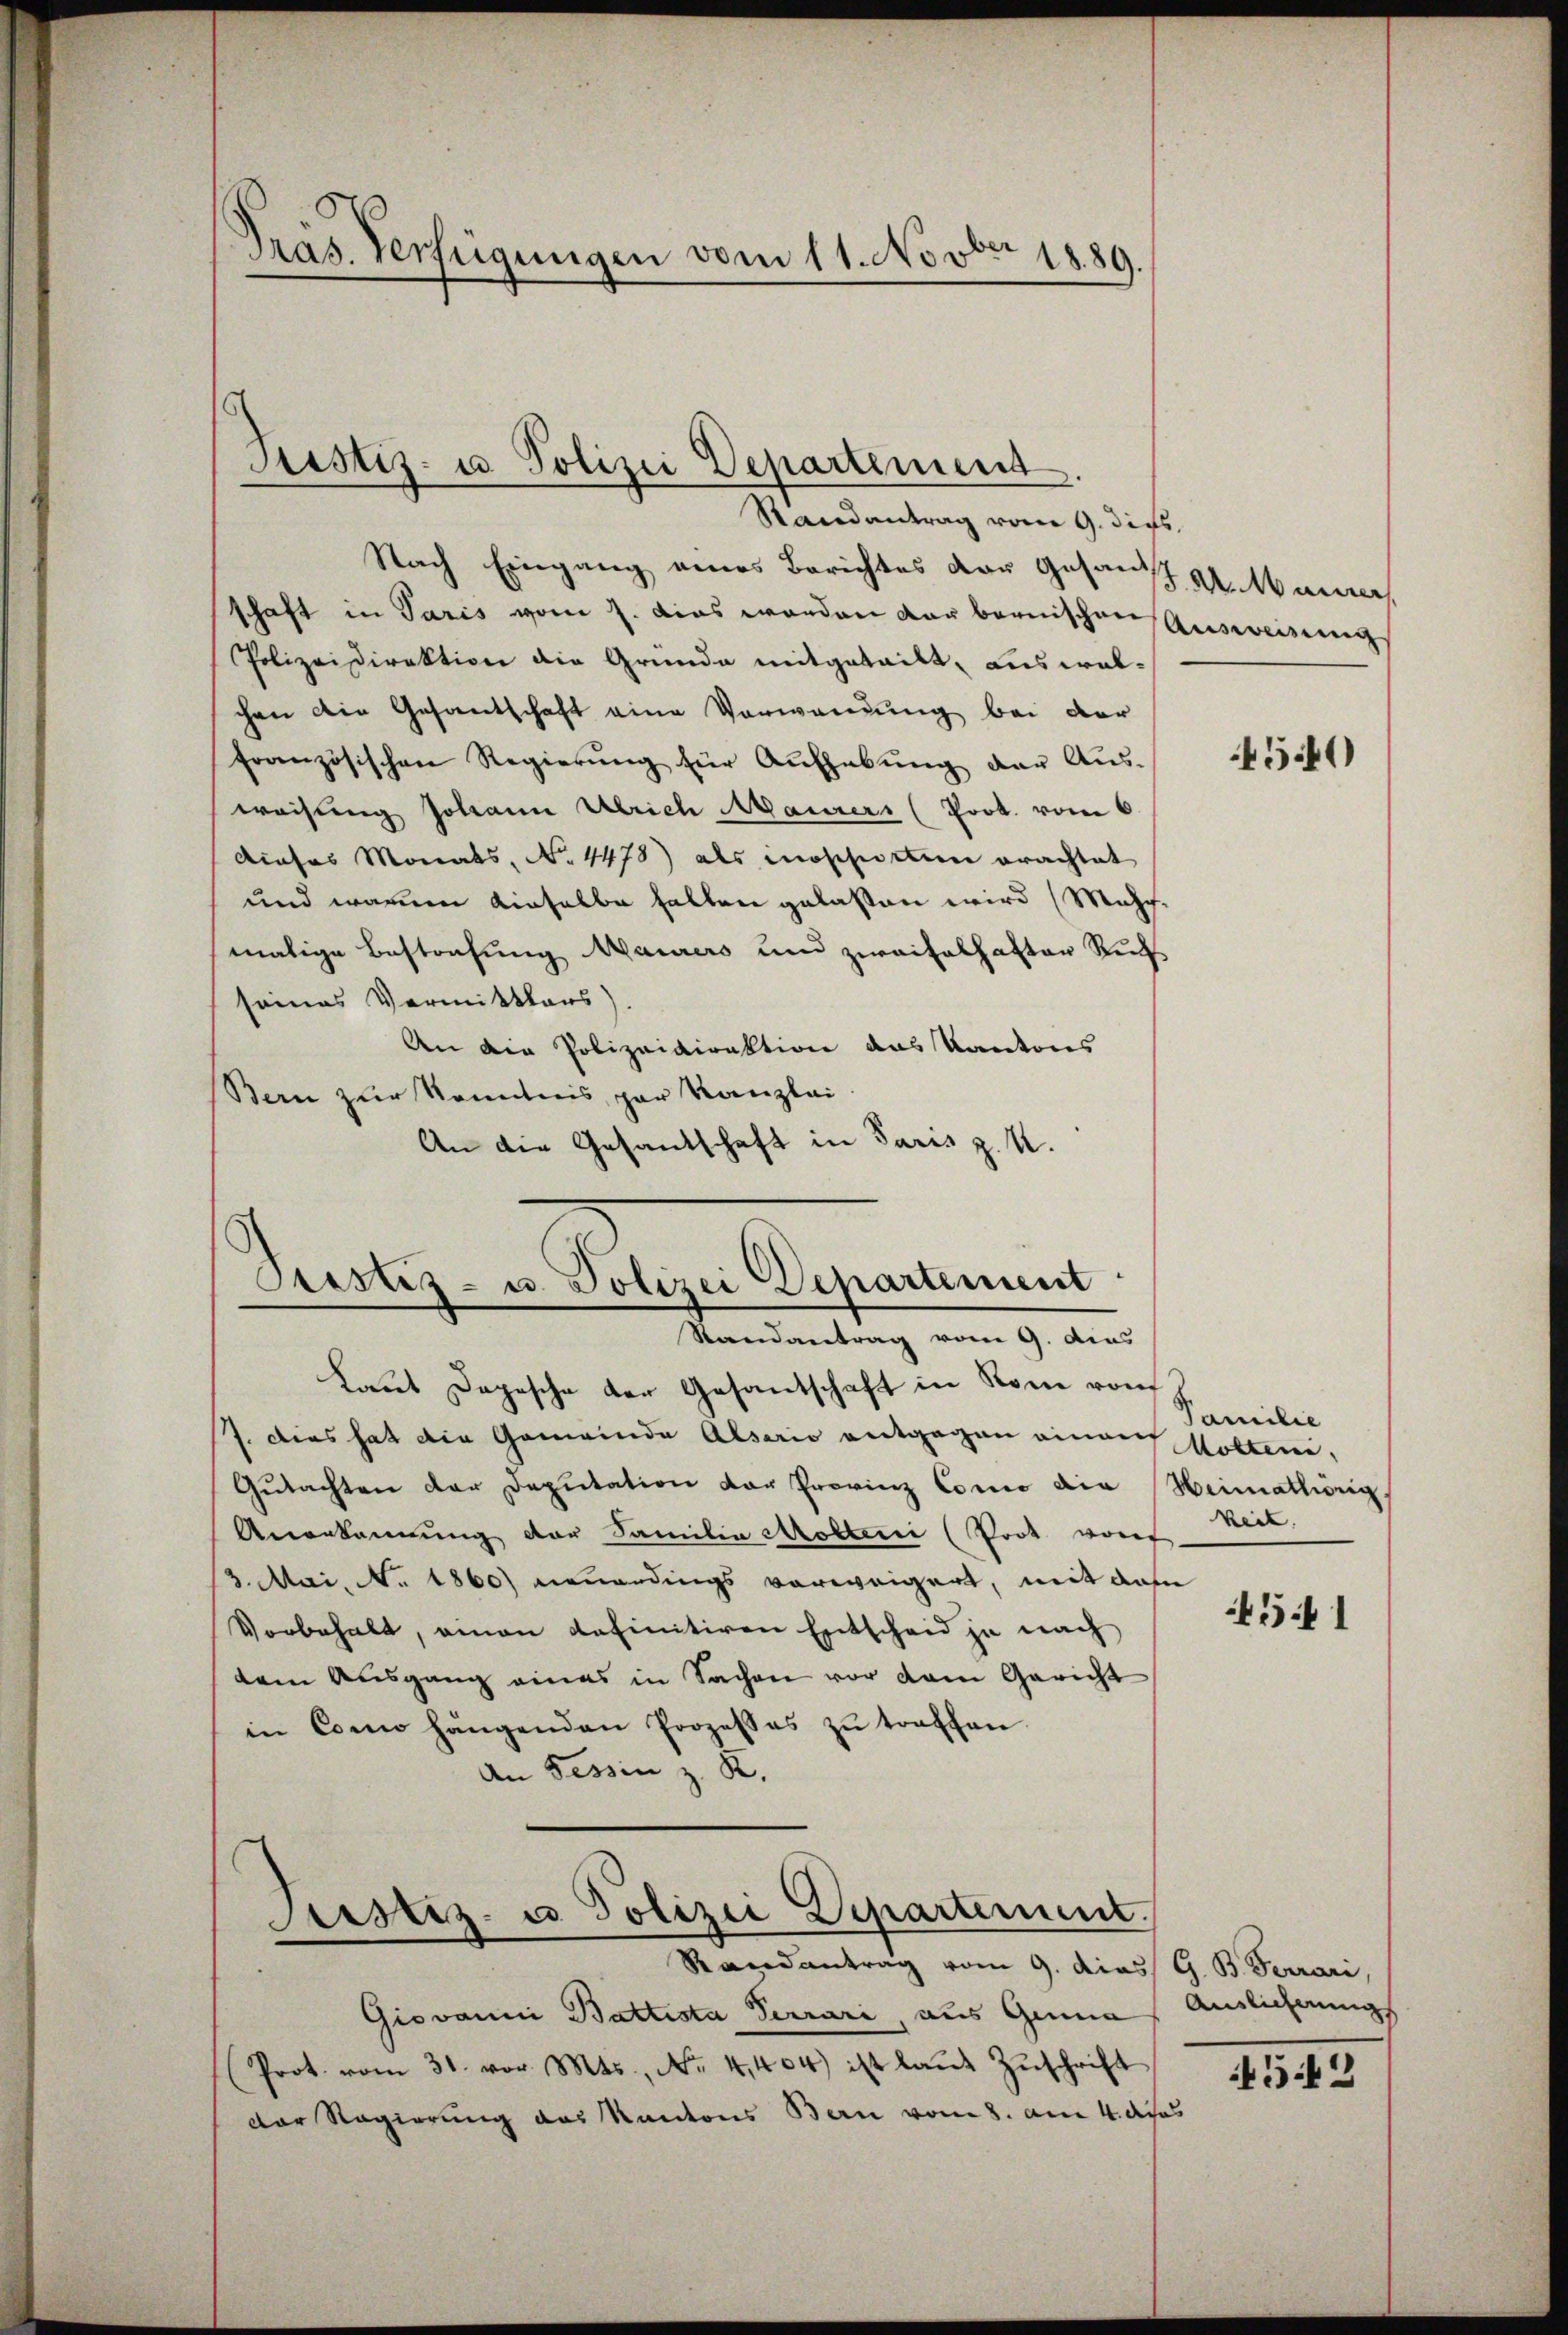
Nach Eingang eines Berichtes der Gesandt u. Manne
schaft in Paris vom 7. dies worden der bernischen Ausweisung
PPolizeidirektion die Grunde mitgeteilt, auswalchen die Gesandschaft eine Verwendung bei der
französischen Regierŭng für Aŭfhebŭng der Aŭs-
weisung Johann Ulrich Maurers (Prok. vom 6.
dieses Monats, No. 4478) als inoschottin erachtet
und warum dieselbe halten gelassen wird (Mehr-
malige Bestrafung Maurers und zweifelhafter Ruch
seines Vermittlers
An die Polizeidirektion das Kantons
Bern zur Kenntnis par Kanzlei.
An die Gesandschaft in Paris z. U.

Präs. Verfügungen vom 11. Novber 1889.

Justiz- u. Polizei Departement
Randantrag vom 9. dies

Presleg- u. Polizei Departement
Randantrag vom 9. dies

Laut Depesche der Gesantschaft in Rom vom
7. dies hat die Gemeinde Alserio entgegen einauf Kosten,
Gŭtachten der Deputation der Provinz Como die Heimathörig
Anerkannung der Familia Molterii (Prot vor
3. Mai, N. 1860) neuerdings vorweigert, mit das
Vorbehalt, einen definitiren Entscheid ja nach
dem Ausgang eines in Sachen vor dem Gericht
in Conn hängenden Prozesses zŭ treffen.
An Tessin z. K.

Giovanni Battista Serrari, aus Gina, Auslichnungs
Prot. vom 31. vor. Mts., No. 4404) ist laŭt Zŭschrift
Der Regierung des Kantons Bern vom 8. am 4. das

Justiz- u Polizei Departement.
Randantrag vom 9. dies G. B. Ferrari,

4540

Familie
keit.

45 f 1

4542